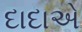
દાદાએ